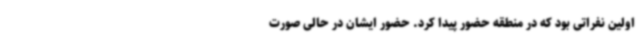
اولین نفراتی بود که در منطقه حضور پیدا کرد. حضور ایشان در حالی صورت